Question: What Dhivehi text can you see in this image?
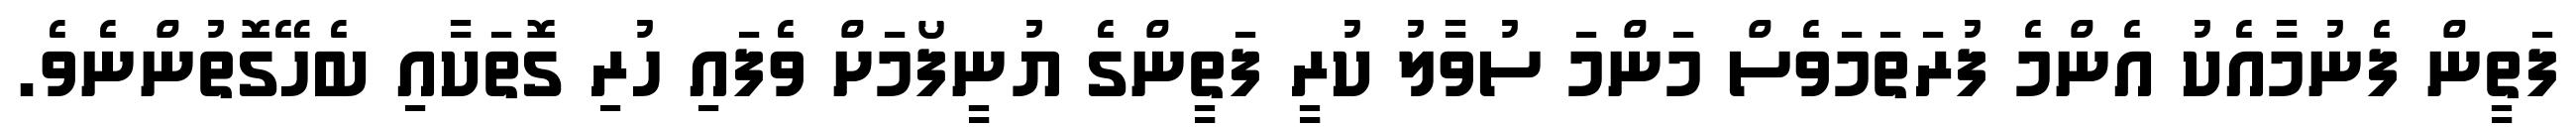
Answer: ފަތީން ފެނުމާއެކު އެންމެ ފުރަތަމަވެސް މަންމަ ސުވާލު ކުރީ ފަތީންގެ ޔުނީފޯމަށް ވެފައި ހުރި ގޮތަކާއި ބެހޭގޮތުންނެވެ.